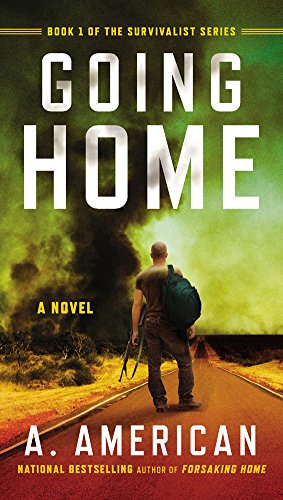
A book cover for Going Home: A Novel (The Survivalist Series); A. American; Science Fiction & Fantasy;